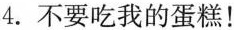
4.不要吃我的蛋糕！